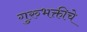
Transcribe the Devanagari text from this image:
गुरुभक्तीचे